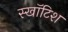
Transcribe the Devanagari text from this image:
स्खॉटिश